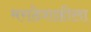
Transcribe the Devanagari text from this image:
मराठेशाहीला